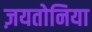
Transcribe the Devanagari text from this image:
ज़यतोनिया